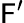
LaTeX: \mathsf{F}^{\prime}